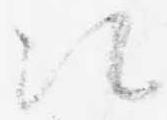
次